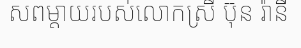
សពម្តាយរបស់លោកស្រី ប៊ុន រ៉ានី